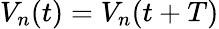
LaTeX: V_{n}(t)=V_{n}(t+T)